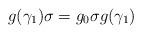
LaTeX: \begin{align*}g(\gamma_1) \sigma = g_0 \sigma g(\gamma_1)\end{align*}